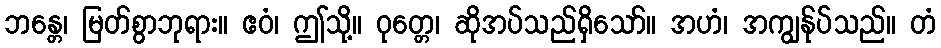
ဘန္တေ၊ မြတ်စွာဘုရား။ ဧဝံ၊ ဤသို့။ ဝုတ္တေ၊ ဆိုအပ်သည်ရှိသော်။ အဟံ၊ အကျွန်ုပ်သည်။ တံ